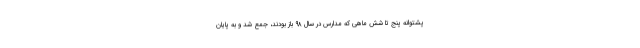
پشتوانه پنج تا شش ماهی که مدارس در سال ۹۸ باز بودند، جمع شد و به پایان